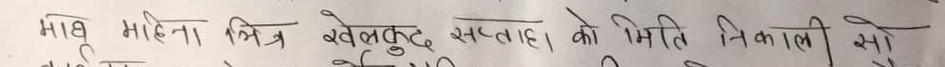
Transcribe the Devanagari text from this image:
माघ महीना भित्र खेलकुद सप्ताह को मिति निकाली सोध